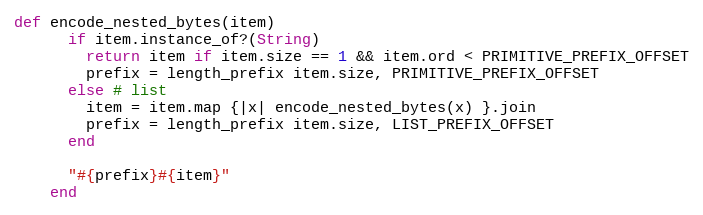
Language: Ruby
def encode_nested_bytes(item)
      if item.instance_of?(String)
        return item if item.size == 1 && item.ord < PRIMITIVE_PREFIX_OFFSET
        prefix = length_prefix item.size, PRIMITIVE_PREFIX_OFFSET
      else # list
        item = item.map {|x| encode_nested_bytes(x) }.join
        prefix = length_prefix item.size, LIST_PREFIX_OFFSET
      end

      "#{prefix}#{item}"
    end